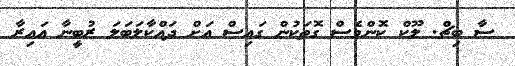
ސާ ބިޗް. ލޫކް ކޮންމެސް ގޮތަކުން ގައިސް އަށް ދައްކާލަބަލަ ރުބީނާ އައިރާ